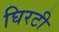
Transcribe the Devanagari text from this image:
घिरटी